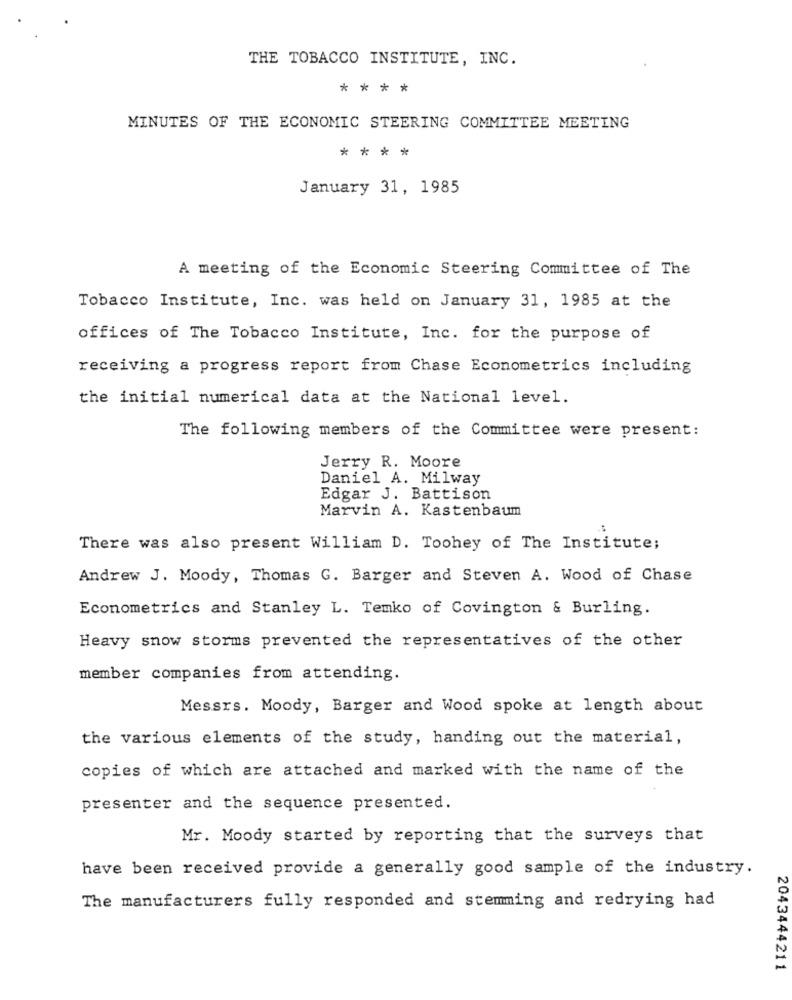
THE TOBACCO INSTITUTE, INC.
****
MINUTES OF THE ECONOMIC STEERING COMMITTEE MEETING
****
January 31, 1985
A meeting of the Economic Steering Committee of The
Tobacco Institute, Inc. was held on January 31, 1985 at the
offices of The Tobacco Institute, Inc. for the purpose of
receiving a progress report from Chase Econometrics including
the initial numerical data at the National level.
The following members of the Committee were present:
Jerry R. Moore
Daniel A. Milway
Edgar J. Battison
Marvin A. Kastenbaum
There was also present William D. Toohey of The Institute;
Andrew J. Moody, Thomas G. Barger and Steven A. Wood of Chase
Econometrics and Stanley L. Temko of Covington & Burling.
Heavy snow storms prevented the representatives of the other
member companies from attending.
Messrs. Moody, Barger and Wood spoke at length about
the various elements of the study, handing out the material,
copies of which are attached and marked with the name of the
presenter and the sequence presented.
Mr. Moody started by reporting that the surveys that
have been received provide a generally good sample of the industry.
The manufacturers fully responded and stemming and redrying had
2043444211